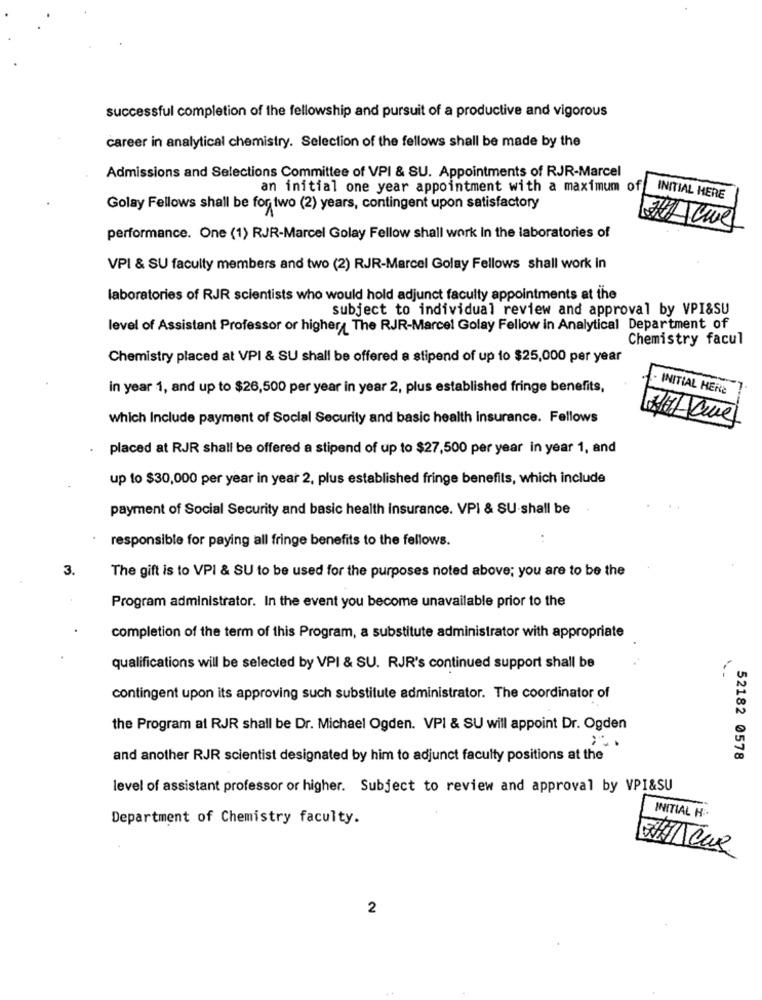
successful completion of the fellowship and pursuit of a productive and vigorous
career in analytical chemistry. Selection of the fellows shall be made by the
Admissions and Selections Committee of VPI & SU. Appointments of RJR-Marcel
an initial one year appointment with a maximum of
INITIAL HERE
Golay Fellows shall be for two (2) years, contingent upon satisfactory
performance. One (1) RJR-Marcel Golay Fellow shall work In the laboratories of
VPI & SU faculty members and two (2) RJR-Marcel Golay Fellows shall work in
laboratories of RJR scientists who would hold adjunct faculty appointments at the
subject to individual review and approval by VPI&SU
level of Assistant Professor or higher, The RJR-Marcel Golay Fellow in Analytical Department of
Chemistry facul
Chemistry placed at VPI & SU shall be offered a stipend of up to $25,000 per year
in year 1, and up to $26,500 per year in year 2, plus established fringe benefits,
INITIAL HERE
which Include payment of Social Security and basic health insurance. Fellows
placed at RJR shall be offered a stipend of up to $27,500 per year in year 1, and
up to $30,000 per year in year 2, plus established fringe benefits, which include
payment of Social Security and basic health insurance. VPI & SU-shall be
responsible for paying all fringe benefits to the fellows.
3.
The gift is to VPI & SU to be used for the purposes noted above; you are to be the
Program administrator. In the event you become unavailable prior to the
completion of the term of this Program, a substitute administrator with appropriate
qualifications will be selected by VPI & SU. RJR's continued support shall be
contingent upon its approving such substitute administrator. The coordinator of
the Program at RJR shall be Dr. Michael Ogden. VPI & SU will appoint Dr. Ogden
and another RJR scientist designated by him to adjunct faculty positions at the
52182 0578
level of assistant professor or higher. Subject to review and approval by VPI&SU
Department of Chemistry faculty.
INITIAL H
2